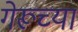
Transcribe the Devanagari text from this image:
गेरूच्या